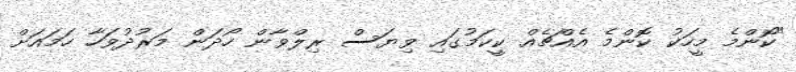
"ކޮންމެ މީހަކު ކޮންމެ އެއްޗެއް ކީކަމުގައި ވިޔަސް ރިލްވާން ހޯދަން މަރުދުވަހާ ހަމައަށް